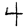
Digit: 4